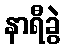
နာရီခွဲ